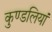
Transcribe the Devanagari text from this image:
कुण्‍डलियां